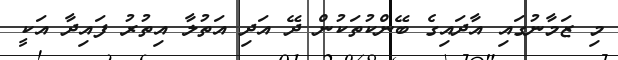
މި ޒަމާނުގައި އާދައިގެ ބޭންކުތަކުން ދޭ އަދި އަތުލާ އިތުރު ފައިދާ އަކީ